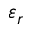
\varepsilon _ { r }